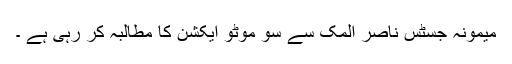
میمونہ جسٹس ناصر المک سے سو موٹو ایکشن کا مطالبہ کر رہی ہے ۔